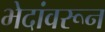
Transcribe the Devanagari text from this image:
भेदांवरून